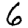
Digit: 6